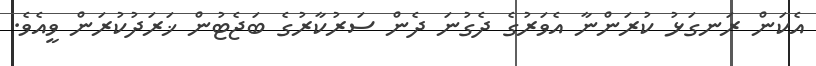
އެކަން ރަނގަޅު ކުރަންނާ އެވަރުގެ ދެގުނަ ދެން ސަރުކާރުގެ ބަޖެޓުން ޚަރަދުކުރަން ވީއެވެ.